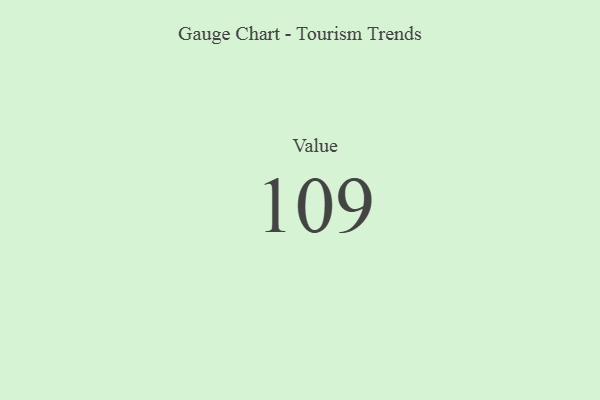
{"axis": {"x": "Metric", "y": "Value"}, "legend": [""], "data": [{"x": "Value", "y": 109, "type": ""}]}